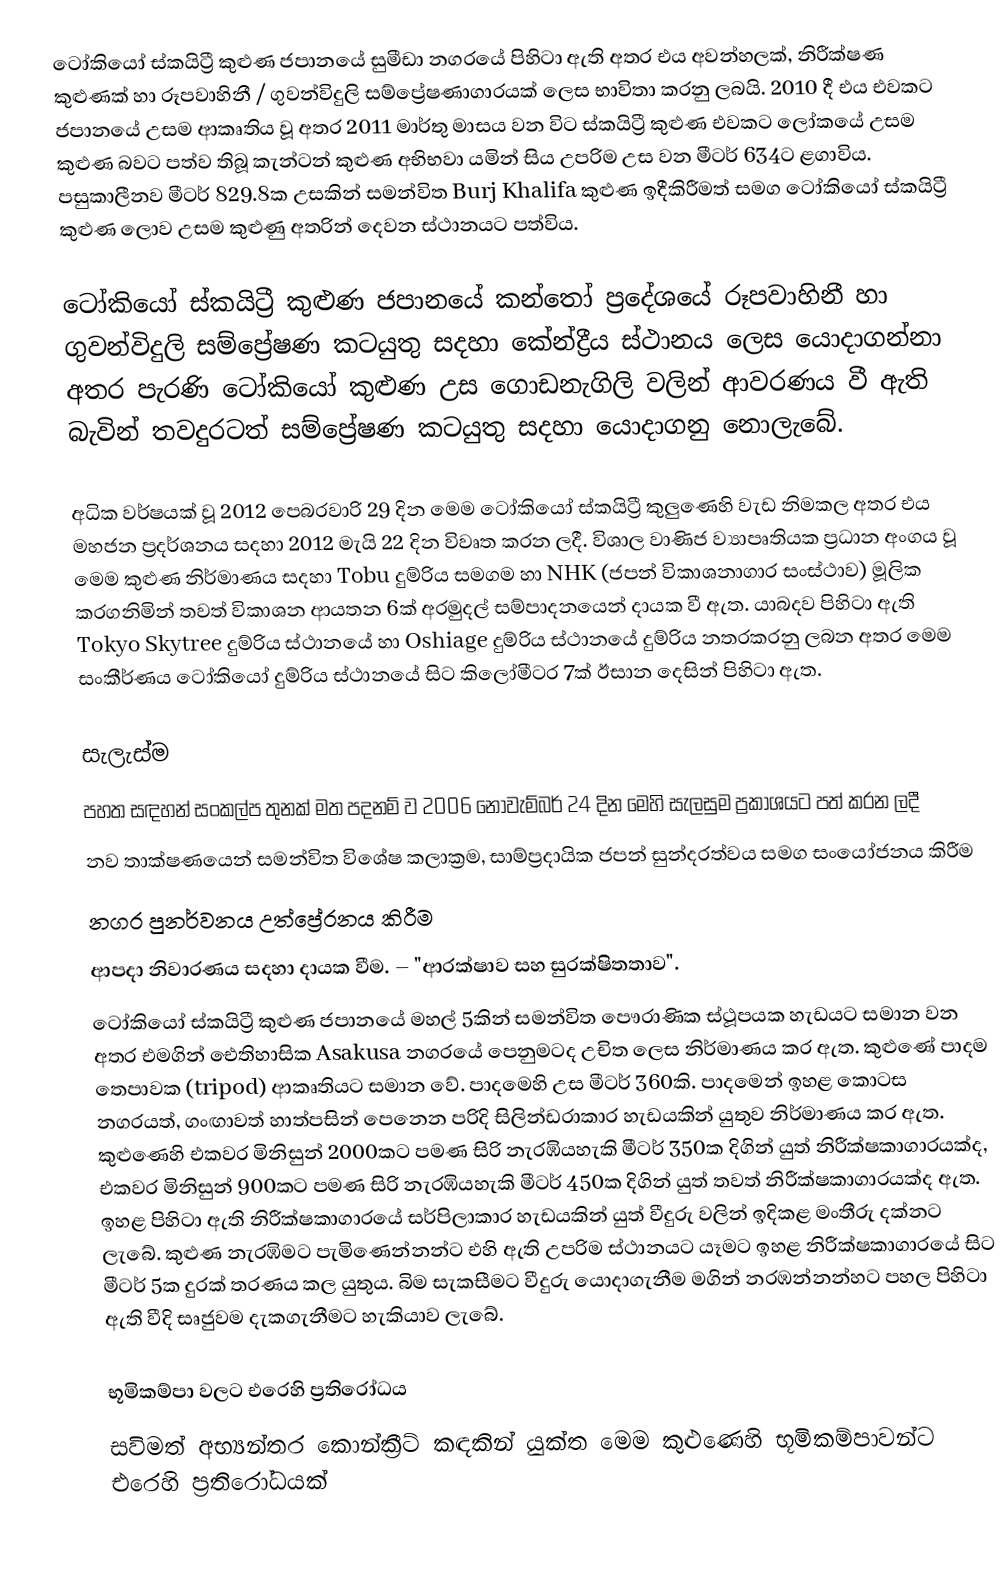
ටෝකියෝ ස්කයිට්‍රී කුළුණ ජපානයේ සුමීඩා නගරයේ පිහිටා ඇති අතර එය අවන්හලක්, නිරීක්ෂණ කුළුණක් හා රූපවාහිනී / ගුවන්විදුලි සම්ප්‍රේෂණාගාරයක් ලෙස භාවිතා කරනු ලබයි. 2010 දී එය එවකට ජපානයේ උසම ආකෘතිය වූ අතර 2011 මාර්තු මාසය වන විට ස්කයිට්‍රී කුළුණ එවකට ලෝකයේ උසම කුළුණ බවට පත්ව තිබූ කැන්ටන් කුළුණ අභිභවා යමින් සිය උපරිම උස වන මීටර් 634ට ළගාවිය. පසුකාලීනව මීටර් 829.8ක උසකින් සමන්විත Burj Khalifa කුළුණ ඉදීකිරීමත් සමග ටෝකියෝ ස්කයිට්‍රී කුළුණ ලොව උසම කුළුණු අතරින් දෙවන ස්ථානයට පත්විය.

ටෝකියෝ ස්කයිට්‍රී  කුළුණ ජපානයේ කන්තෝ ප්‍රදේශයේ රූපවාහිනී හා ගුවන්විදුලි සම්ප්‍රේෂණ කටයුතු සදහා කේන්ද්‍රීය ස්ථානය ලෙස යොදාගන්නා අතර පැරණි ටෝකියෝ කුළුණ උස ගොඩනැගිලි වලින් ආවරණය වී ඇති බැවින් තවදුරටත් සම්ප්‍රේෂණ කටයුතු සදහා යොදාගනු නොලැබේ.

අධික වර්ෂයක් වූ 2012 පෙබරවාරි 29 දින මෙම ටෝකියෝ ස්කයිට්‍රී කුලුණෙහි වැඩ නිමකල අතර එය මහජන ප්‍රදර්ශනය සදහා 2012 මැයි 22 දින විවෘත කරන ලදී. විශාල වාණිජ ව්‍යාපෘතියක ප්‍රධාන අංගය වූ මෙම කුළුණ නිර්මාණය සදහා Tobu දුම්රිය සමගම හා NHK (ජපන් විකාශනාගාර සංස්ථාව) මූලික කරගනිමින් තවත් විකාශන ආයතන 6ක් අරමුදල් සම්පාදනයෙන් දායක වී ඇත. යාබදව පිහිටා ඇති Tokyo Skytree දුම්රිය ස්ථානයේ හා Oshiage දුම්රිය ස්ථානයේ දුම්රිය නතරකරනු ලබන අතර මෙම සංකීර්ණය ටෝකියෝ දුම්රිය ස්ථානයේ සිට කිලෝමීටර 7ක් ඊසාන දෙසින් පිහිටා ඇත.

සැලැස්ම
පහත සඳහන් සංකල්ප තුනක් මත පදනම් ව 2006 නොවැම්බර් 24 දින මෙහි සැලසුම ප්‍රකාශයට පත් කරන ලදී
 නව තාක්ෂණයෙන් සමන්විත විශේෂ කලාක්‍රම, සාම්ප්‍රදායික ජපන් සුන්දරත්වය සමග සංයෝජනය කිරීම
 නගර පුනර්වනය උත්ප්‍රේරනය කිරීම 
 ආපදා නිවාරණය සදහා දායක වීම. – "ආරක්ෂාව සහ සුරක්ෂිතතාව".
ටෝකියෝ ස්කයිට්‍රී කුළුණ ජපානයේ මහල් 5කින් සමන්විත පෞරාණික ස්ථූපයක හැඩයට සමාන වන අතර එමගින් ඓතිහාසික Asakusa නගරයේ පෙනුමටද උචිත ලෙස නිර්මාණය කර ඇත. කුළුණේ පාදම තෙපාවක (tripod) ආකෘතියට සමාන වේ. පාදමෙහි උස මීටර් 360කි. පාදමෙන් ඉහළ කොටස නගරයත්, ගංඟාවත් හාත්පසින් පෙනෙන පරිදි සිලින්ඩරාකාර හැඩයකින් යුතුව නිර්මාණය කර ඇත. කුළුණෙහි එකවර මිනිසුන් 2000කට පමණ සිරි නැරඹියහැකි මීටර් 350ක දිගින් යුත් නිරීක්ෂකාගාරයක්ද, එකවර මිනිසුන් 900කට පමණ සිරි නැරඹියහැකි මීටර් 450ක දිගින් යුත් තවත් නිරීක්ෂකාගාරයක්ද ඇත. ඉහළ පිහිටා ඇති නිරීක්ෂකාගාරයේ සර්පිලාකාර හැඩයකින් යුත් වීදුරු වලින් ඉදිකළ මංතීරු දක්නට ලැබේ. කුළුණ නැරඹිමට පැමිණෙන්නන්ට එහි ඇති උපරිම ස්ථානයට යෑමට ඉහළ නිරීක්ෂකාගාරයේ සිට මීටර් 5ක දුරක් තරණය කල යුතුය. බිම සැකසීමට වීදුරු යොදාගැනීම මගින් නරඹන්නන්හට පහල පිහිටා ඇති වීදි සෘජුවම දැකගැනීමට හැකියාව ලැබේ.

භූමිකම්පා වලට එරෙහි ප්‍රතිරෝධය
සවිමත් අභ්‍යන්තර කොන්ක්‍රීට් කඳකින් යුක්ත මෙම කුළුණෙහි භූමිකම්පාවන්ට එරෙහි ප්‍රතිරෝධයක්